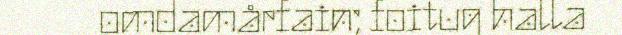
omdamårfain; foitug halla